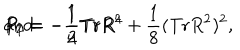
P _ { 1 } = - \frac { 1 } { 2 } \mathrm { T r } R ^ { 2 } \hspace { 5 m m } \mathrm { a n d } \hspace { 5 m m } P _ { 2 } = - \frac { 1 } { 4 } \mathrm { T r } R ^ { 4 } + \frac { 1 } { 8 } ( \mathrm { T r } R ^ { 2 } ) ^ { 2 } ,